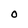
Character: O